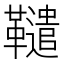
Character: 䪈